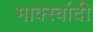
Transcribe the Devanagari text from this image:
मार्क्स्वादी